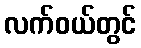
လက်ဝယ်တွင်